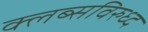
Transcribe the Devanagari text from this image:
क्लब्सविरुध्द